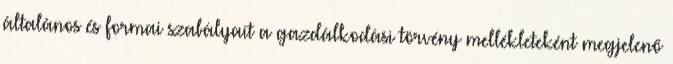
általános és formai szabályait a gazdálkodási törvény mellékleteként megjelenő